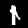
Label: 1